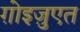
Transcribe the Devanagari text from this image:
ग़ोइज़ुएत